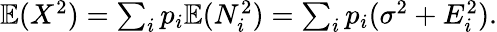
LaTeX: \begin{array}{r}{\mathbb{E}(X^{2})=\sum_{i}p_{i}\mathbb{E}(N_{i}^{2})=\sum_{i}p_{i}(\sigma^{2}+E_{i}^{2}).}\end{array}